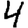
Digit: 4